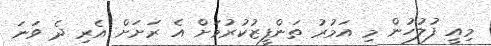
މިއީ ފުލުހުން މި އަމުރު ތަންފީޒުކުރުމަށް އެ ރަށަށް އެރި ދެ ވަނަ